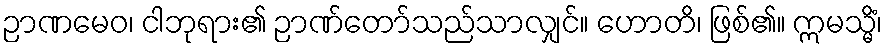
ဉာဏမေဝ၊ ငါဘုရား၏ ဉာဏ်တော်သည်သာလျှင်။ ဟောတိ၊ ဖြစ်၏။ ဣမသ္မိံ၊